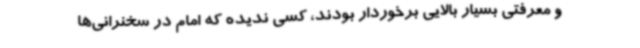
و معرفتی بسیار بالایی برخوردار بودند، کسی ندیده که امام در سخنرانی‌ها